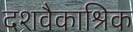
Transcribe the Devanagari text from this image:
दशवैकाश्रिक